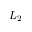
L _ { 2 }